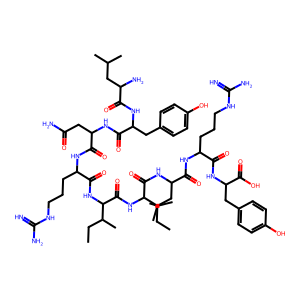
SMILES: CCC(C)C(NC(=O)C(CCCNC(=N)N)NC(=O)C(CC(N)=O)NC(=O)C(Cc1ccc(O)cc1)NC(=O)C(N)CC(C)C)C(=O)NC(C(=O)NC(CC(C)C)C(=O)NC(CCCNC(=N)N)C(=O)NC(Cc1ccc(O)cc1)C(=O)O)C(C)CC
Inhibits HIV replication: No